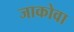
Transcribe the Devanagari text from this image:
जाकोवा